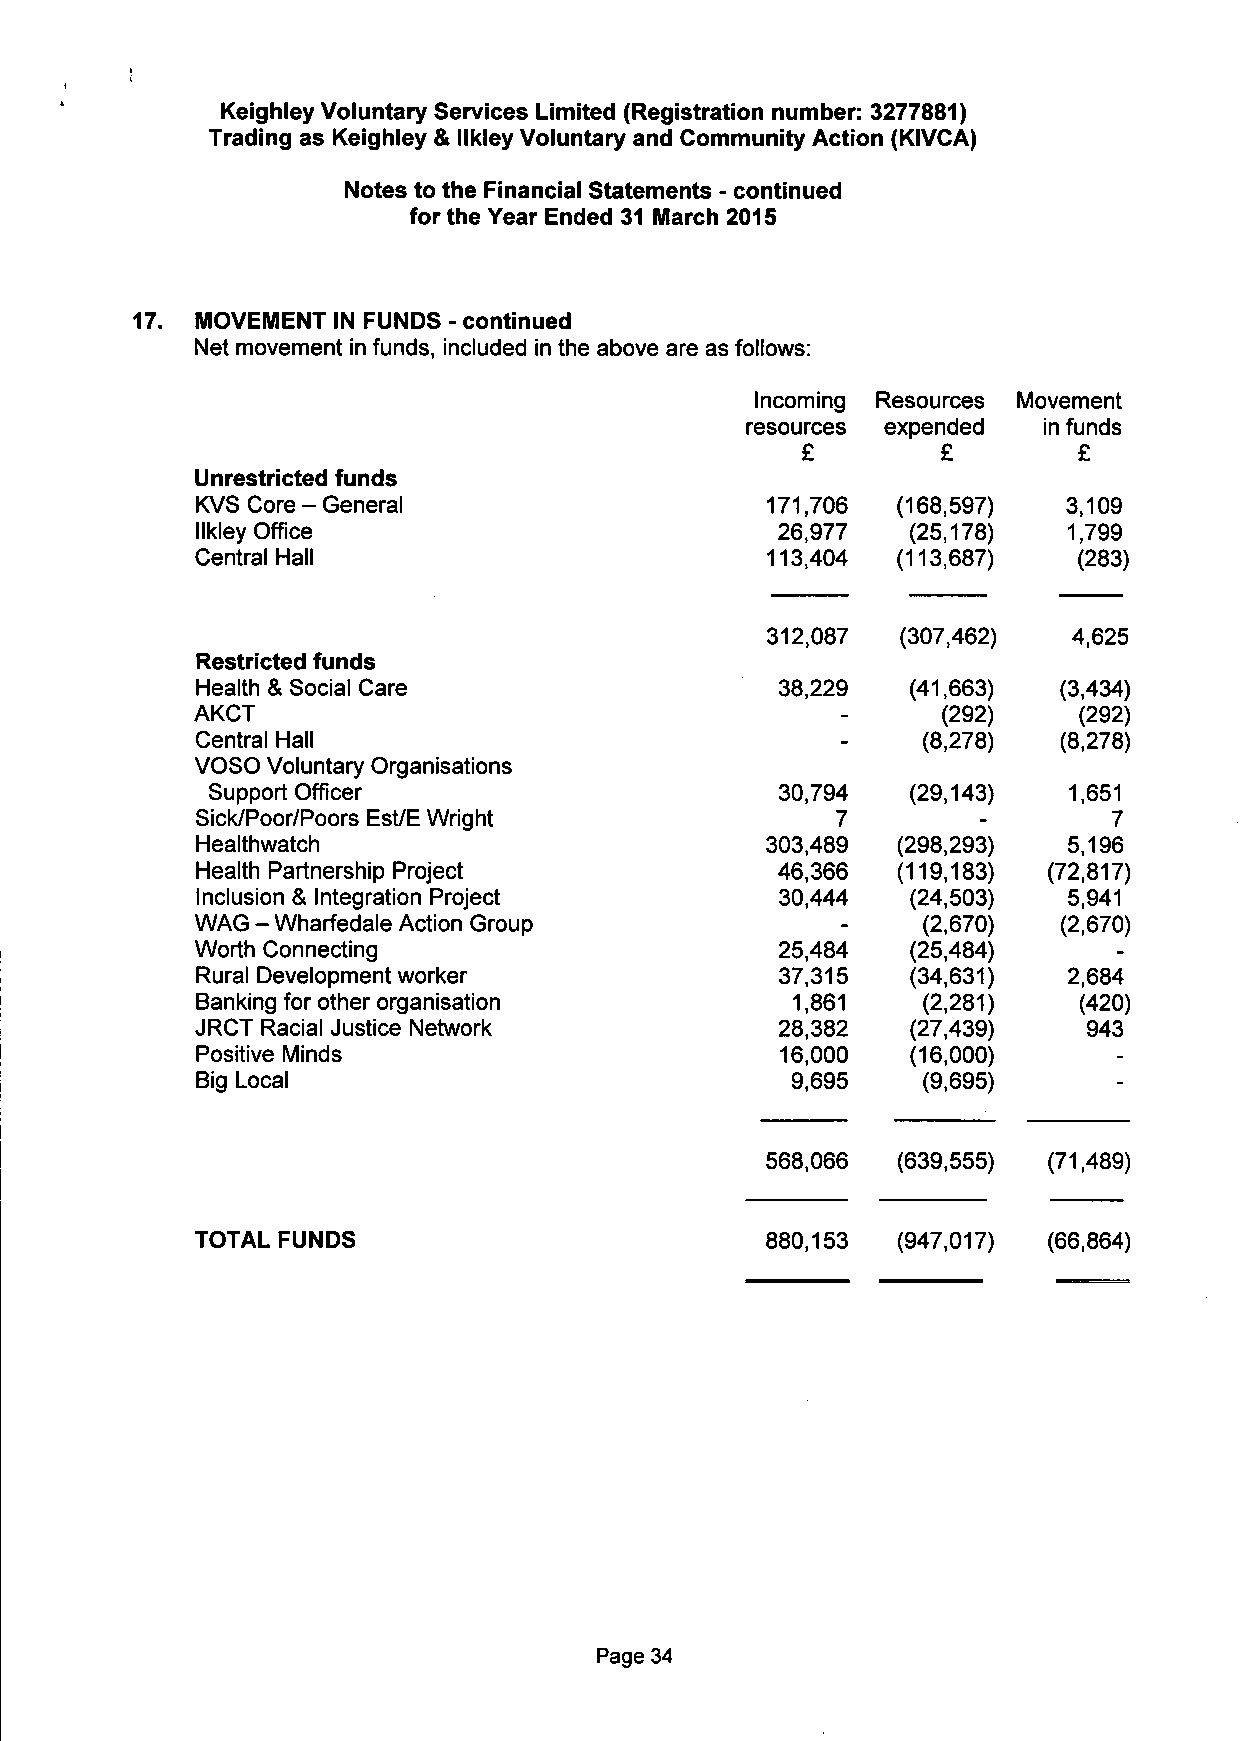
Keighley Voluntary Services Limited (Registration number: 3277881)
 Trading as Keighley & llkley Voluntary and Community Action (KIVCA)
 Notes to the Financial Statements - continued
 for the Year Ended 31 March 2015
 MOVEMENT IN FUNDS - continued
 Net movement in funds, included in the above are as follows:
 Incoming Resources Movement
 resources expended  in funds
 £        £        £
 Unrestricted funds
 KVS Core - General                    171,706 (168,597)   3,109
 llkley Office                         26,977   (25,178)   1,799
 Central Hall                          113,404 (113,687)   (283)
 312,087  (307,462)  4,625
 Restricted funds
 Health & Social Care                   38,229  (41,663)  (3,434)
 AKCT                                       -     (292)    (292)
 Central Hall                               -    (8,278)  (8,278)
 VOSO Voluntary Organisations
 Support Officer                       30,794  (29,143)   1,651
 Sick/Poor/Poors Est/E Wright              7         -        7
 Healthwatch                           303,489 (298,293)   5,196
 Health Partnership Project            46,366  (119,183) (72,817)
 Inclusion & Integration Project        30,444  (24,503)   5,941
 WAG - Wharfedale Action Group              -    (2,670)  (2,670)
 Worth Connecting                       25,484  (25,484)      -
 Rural Development worker               37,315  (34,631)   2,684
 Banking for other organisation         1,861    (2,281)   (420)
 JRCT Racial Justice Network            28,382  (27,439)    943
 Positive Minds                         16,000  (16,000)      -
 Big Local                              9,695    (9,695)      -
 568,066 (639,555) (71,489)
 TOTAL FUNDS                           880,153 (947,017) (66,864)
 Page 34